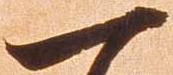
一